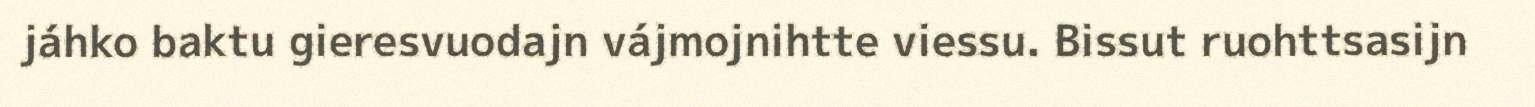
jáhko baktu gieresvuodajn vájmojnihtte viessu. Bissut ruohttsasijn